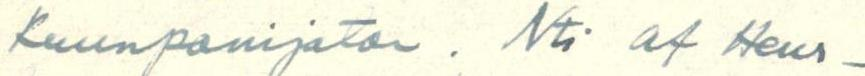
kuunpanijatar. Nti af Heur-